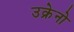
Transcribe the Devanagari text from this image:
उक्रेनो